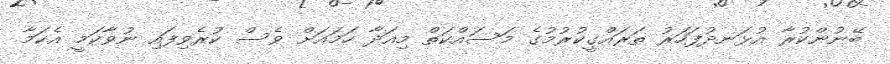
ބޭނުންކުރާ އުޅަނދުފަހަރު ތަރައްގީކުރުމުގެ މަސައްކަތް މިއަދާ ހަމައަށް ވެސް ކުރެވިފައި ނުވާކަމީ އެކަމާ